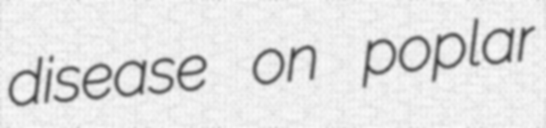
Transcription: disease on poplar